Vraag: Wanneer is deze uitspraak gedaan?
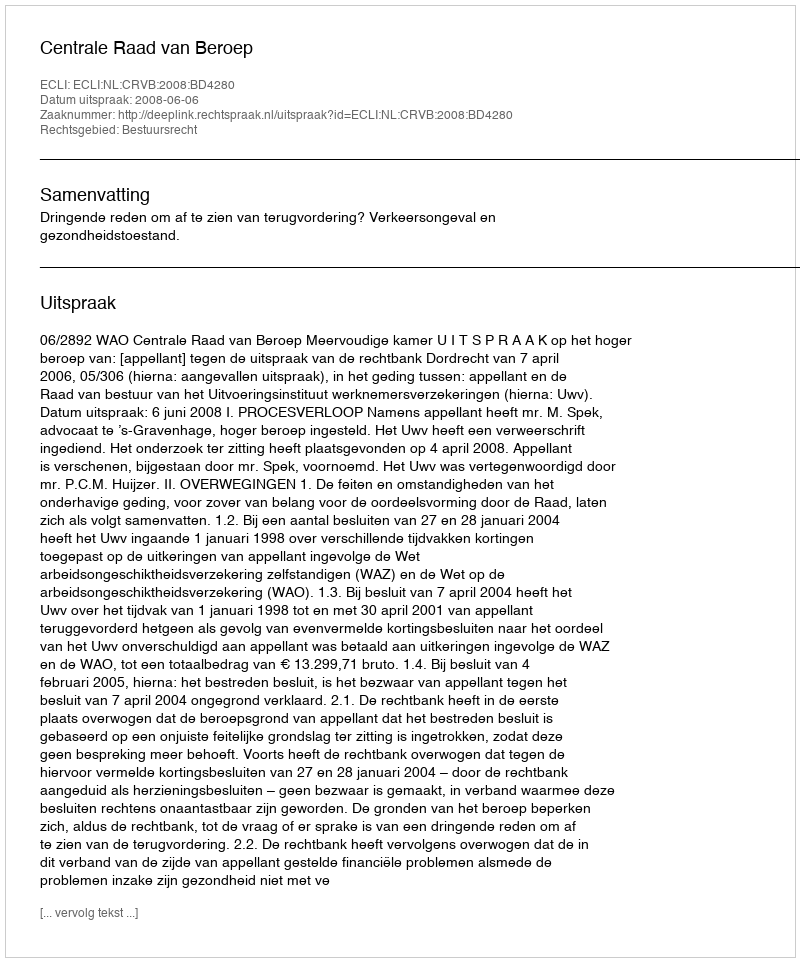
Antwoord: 2008-06-06